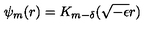
\psi _ { m } ( r ) = K _ { m - \delta } ( \sqrt { - \epsilon } r ) \,